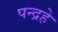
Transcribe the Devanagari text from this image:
पन्द्रहे